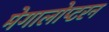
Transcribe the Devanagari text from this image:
मेगालोप्टरन